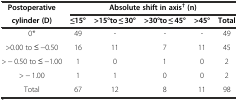
<table><thead><tr><td><b>Postoperative</b></td><td colspan="5"><b>Absolute shift in axis<sup>†</sup> (n)</b></td></tr><tr><td><b>cylinder (D)</b></td><td><b>≤15°</b></td><td><b>&gt;15°to ≤ 30°</b></td><td><b>&gt;30°to ≤ 45°</b></td><td><b>&gt;45°</b></td><td><b>Total</b></td></tr></thead><tbody><tr><td>0*</td><td>49</td><td>-</td><td>-</td><td>-</td><td>49</td></tr><tr><td>&gt;0.00 to ≤ -0.50</td><td>16</td><td>11</td><td>7</td><td>11</td><td>45</td></tr><tr><td>&gt; - 0.50 to ≤ -1.00</td><td>1</td><td>0</td><td>1</td><td>0</td><td>2</td></tr><tr><td>&gt; - 1.00</td><td>1</td><td>1</td><td>0</td><td>0</td><td>2</td></tr><tr><td>Total</td><td>67</td><td>12</td><td>8</td><td>11</td><td>98</td></tr></tbody></table>